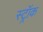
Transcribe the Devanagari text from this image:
स्ट्रॉक